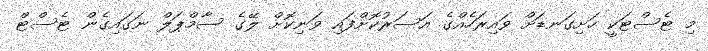
މި ޓެސްޓަކީ ހަށިގަނޑަށް ވައިރަހެއްގެ އަސަރުކޮށްފައި ވަނިކޮށް ލޭގެ ސާމްޕަލް ނަގައިގެން ޓެސްޓް